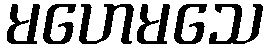
မဟေမသေ